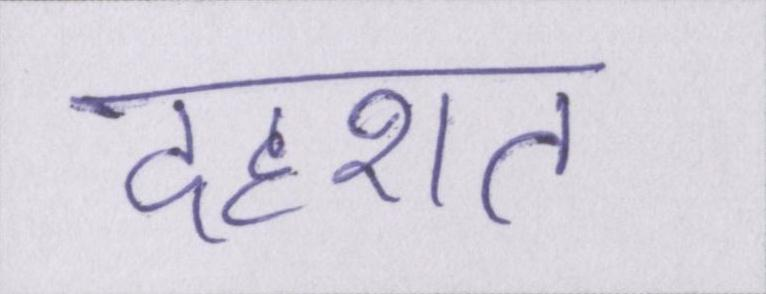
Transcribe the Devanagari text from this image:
दहशत